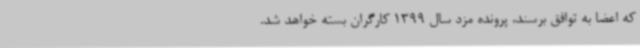
که اعضا به توافق برسند، پرونده مزد سال 1399 کارگران بسته خواهد شد.